Civil Veterinary Dept. Assam report 1911-1927 - 1911-1927
Year: 1911
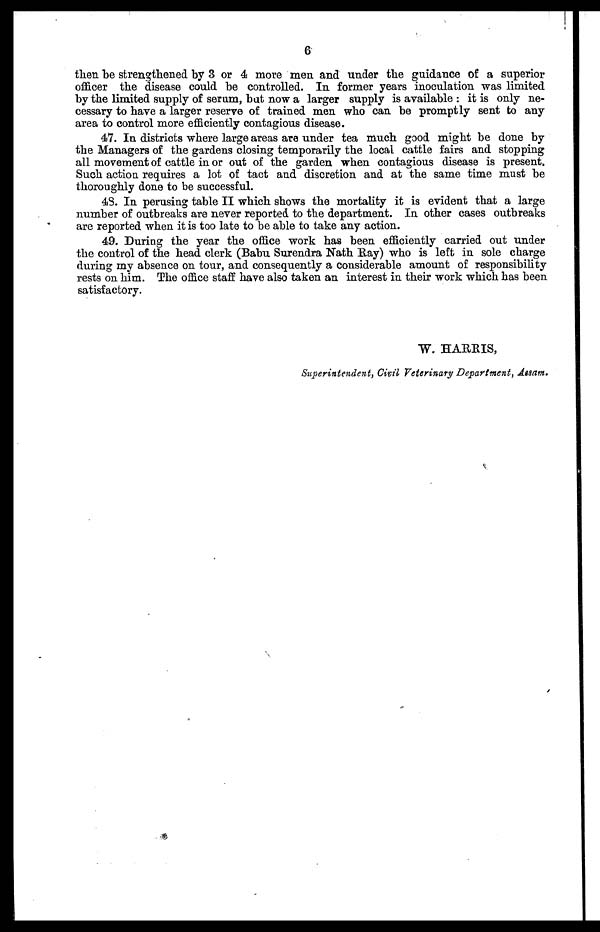
6
then be strengthened by 3 or 4 more men and under the guidance of a superior
officer the disease could be controlled. In former years inoculation was limited
by the limited supply of serum, but now a larger supply is available: it is only ne-
cessary to have a larger reserve of trained men who can be promptly sent to any
area to control more efficiently contagious disease.
47. In districts where large areas are under tea much good might be done by
the Managers of the gardens closing temporarily the local cattle fairs and stopping
all movement of cattle in or out of the garden when contagious disease is present.
Such action requires a lot of tact and discretion and at the same time must be
thoroughly done to be successful.
48. In perusing table II which shows the mortality it is evident that a large
number of outbreaks are never reported to the department. In other cases outbreaks
are reported when it is too late to be able to take any action.
49. During the year the office work has been efficiently carried out under
the control of the head clerk (Babu Surendra Nath Ray) who is left in sole charge
during my absence on tour, and consequently a considerable amount of responsibility
rests on him. The office staff have also taken an interest in their work which has been
satisfactory.
W. HARRIS,
Superintendent, Civil Veterinary Department, Assam,